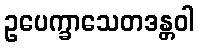
ဥပေက္ခာသေတဒန္တဝါ